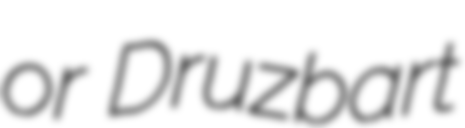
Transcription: or Druzbart